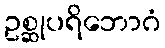
ဥစ္ဆုပရိဘောဂံ